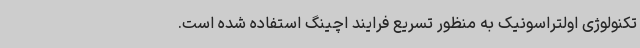
تکنولوژی اولتراسونیک به منظور تسریع فرایند اچینگ استفاده شده است.